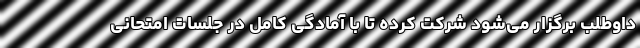
داوطلب برگزار می‌شود شرکت کرده تا با آمادگی کامل در جلسات امتحانی